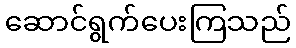
ဆောင်ရွက်ပေးကြသည်